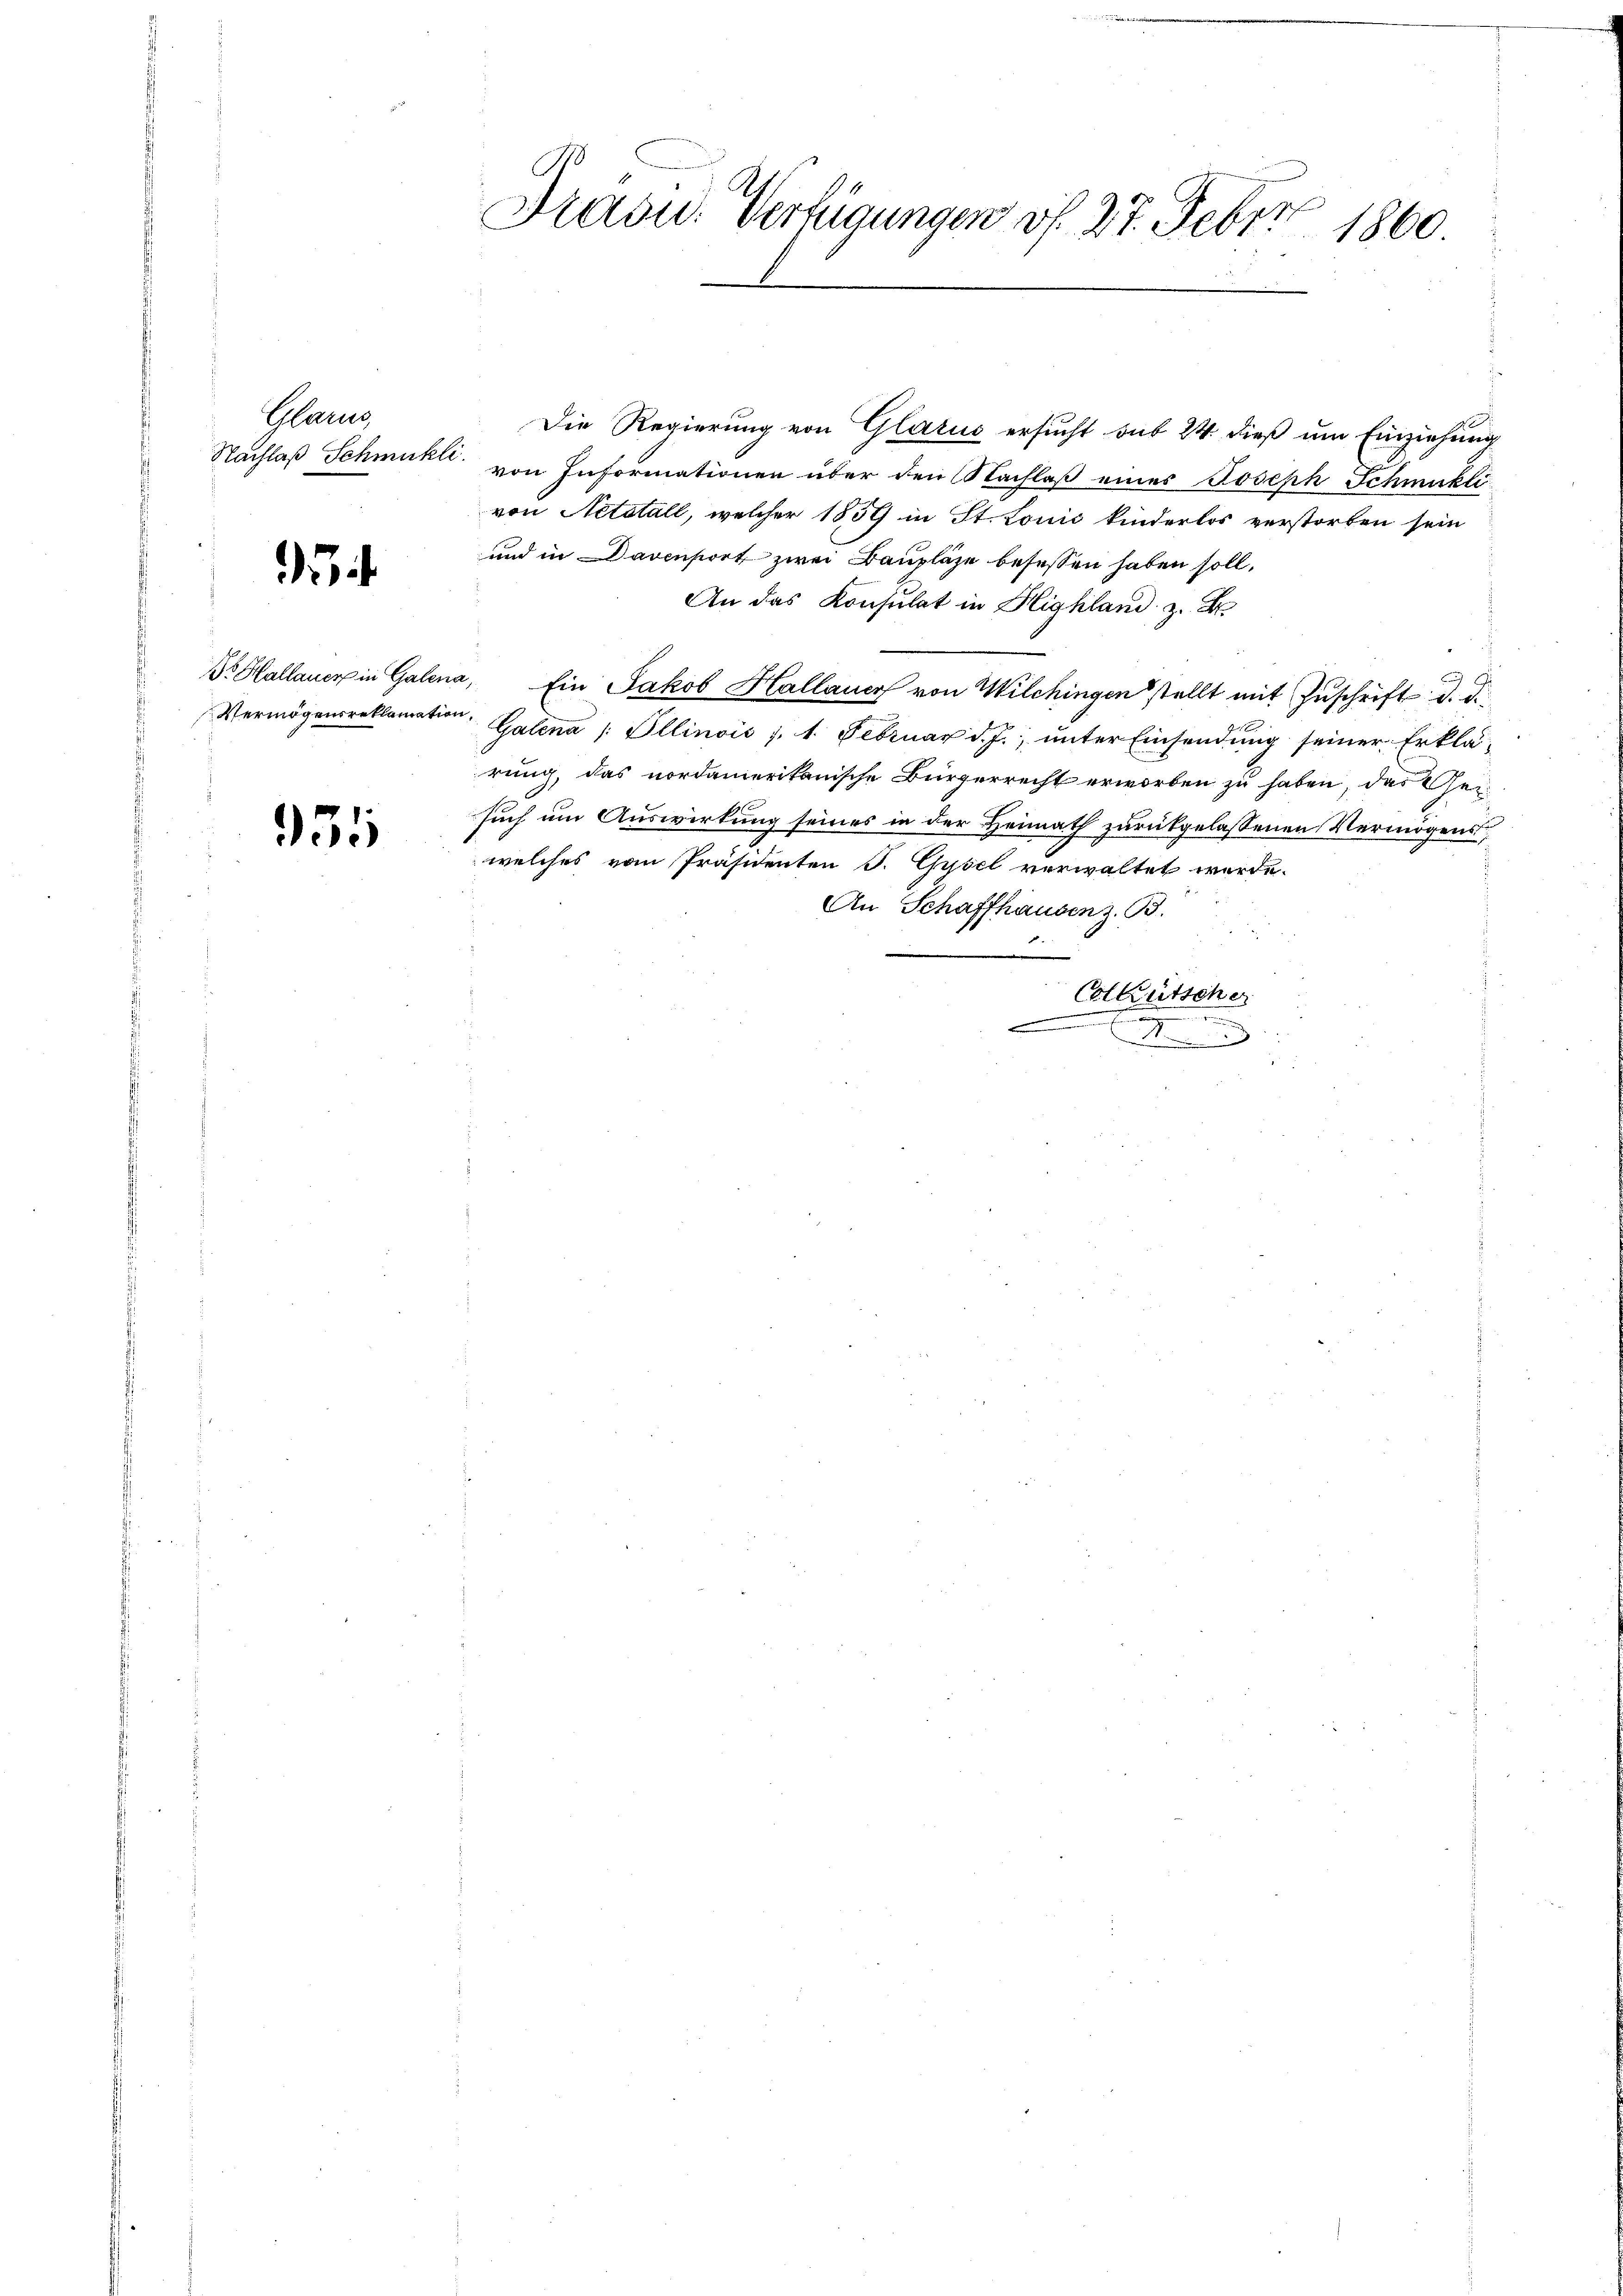
Plane

24

931

f
Frasid. Verfügungen v. 27. Febr. 1860.

Die Regierung von Glarus ersucht sub 24 dieß um Einziehung
Nachlaß Schmuckli von Informationen über den Nachlaß eines Joseph Schmukli
von Netotall, welcher 1839 in St. Louis kinderlos verstorben sein
und in Davonsort zwei Bauplaze besessen haben soll.
An das Konsulat in Highland z. B
Dr. Hallauer in Galena, Ein Jakob Hallauer von Wilchingen stellt mit Zŭschrift d. d.
Vermögensreklamation, Galena /: Öllinois 1. 1. Februar d. J. ŭnter Einsendŭng seiner Erklä-
rung, das nordamerikanische Bürgerrecht erworben zu haben, das Ger
such um Auswirkung seines in der Heimath zurükgelassenen Vermögens,
welches vom Präsidenten J. Gysel verwaltet werde.
An Schaffhausen z. B.
Cstkutsche
.